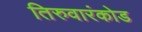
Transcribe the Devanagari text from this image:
तिरुवारंकोड